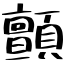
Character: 顫